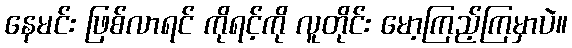
နေမင်း ဖြစ်လာရင် ကိုရင့်ကို လူတိုင်း မော့ကြည့်ကြမှာပဲ။